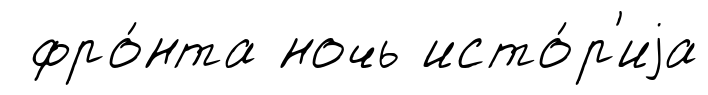
фро́нта ночь исто́р'иjа